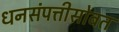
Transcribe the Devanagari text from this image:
धनसंपत्तीसोबत